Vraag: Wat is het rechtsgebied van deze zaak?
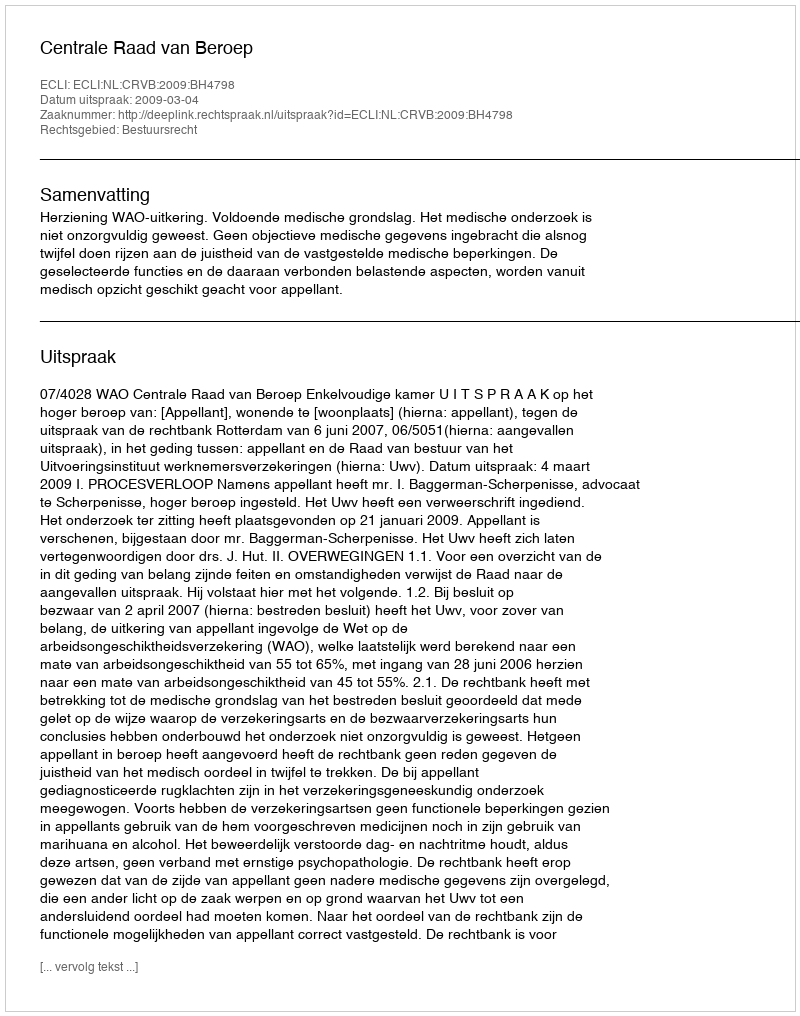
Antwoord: Bestuursrecht